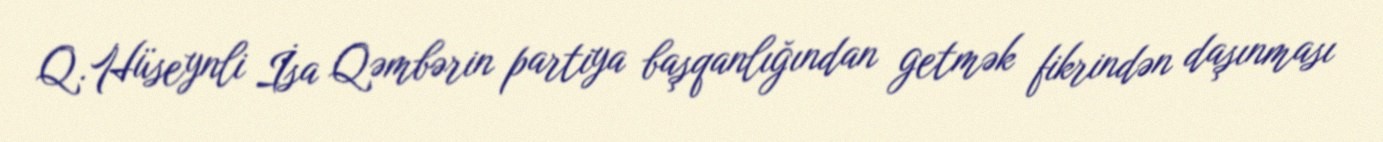
Q.Hüseynli İsa Qəmbərin partiya başqanlığından getmək fikrindən daşınması